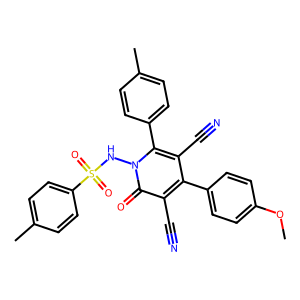
SMILES: COc1ccc(-c2c(C#N)c(-c3ccc(C)cc3)n(NS(=O)(=O)c3ccc(C)cc3)c(=O)c2C#N)cc1
Inhibits HIV replication: No